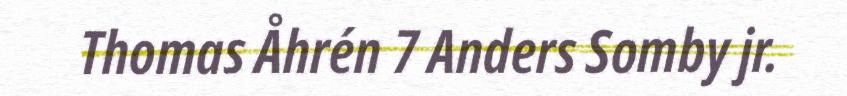
Thomas Åhrén 7 Anders Somby jr.